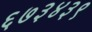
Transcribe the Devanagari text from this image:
६७३४३९